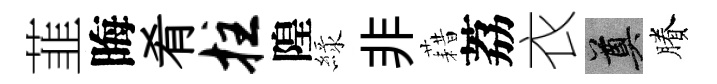
韮晦肴拄隍緑非藉荔衣奠賸